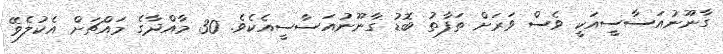
ގާނޫނުއަސާސީއަކީ ވެސް ވަރަށް ތަފާތު ބޮޑު ގާނޫނުއަސާސީއެކެވެ. 30 މާއްދާގެ މައްޗަށް އެކުލެވޭ